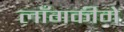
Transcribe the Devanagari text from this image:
लाँगकीमे